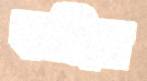
বাঞ্জির